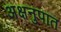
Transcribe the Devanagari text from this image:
अक्षनुपात